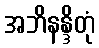
အဘိနန္ဒိတုံ